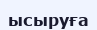
ысыруға